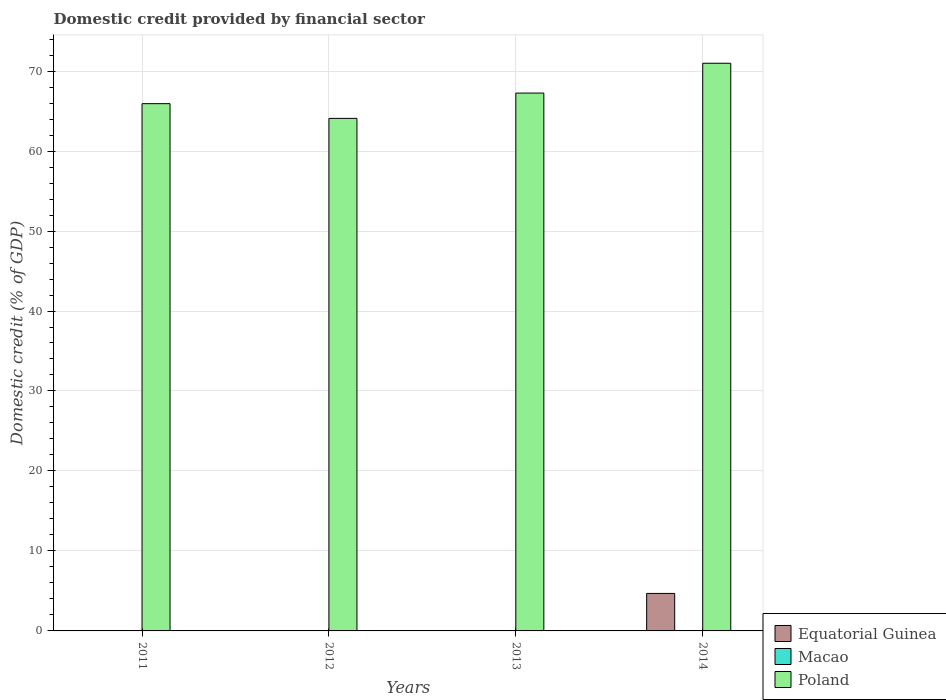
| Years | Equatorial Guinea | Macao | Poland |
 | --- | --- | --- | --- |
 | 2011 | -3.48 | -28 | 65.9 |
 | 2012 | -3.4 | -14.9 | 64.1 |
 | 2013 | -3.19 | -12.8 | 67.2 |
 | 2014 | 4.69 | -4.11 | 71 |